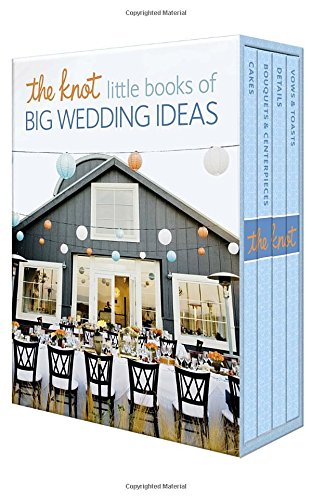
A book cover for The Knot Little Books of Big Wedding Ideas: Cakes; Bouquets & Centerpieces; Vows & Toasts; and Details; Carley Roney; Crafts, Hobbies & Home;